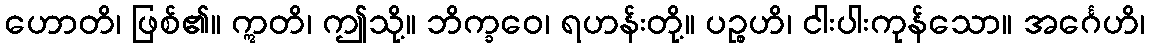
ဟောတိ၊ ဖြစ်၏။ ဣတိ၊ ဤသို့။ ဘိက္ခဝေ၊ ရဟန်းတို့။ ပဉ္စဟိ၊ ငါးပါးကုန်သော။ အင်္ဂေဟိ၊